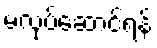
မလုပ်ဆောင်ရန်